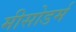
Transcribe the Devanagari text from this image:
मीसोडर्म